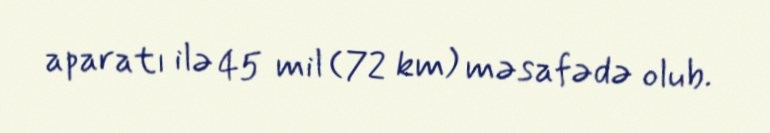
aparatı ilə 45 mil (72 km) məsafədə olub.